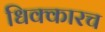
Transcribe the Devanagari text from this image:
धिक्कारच